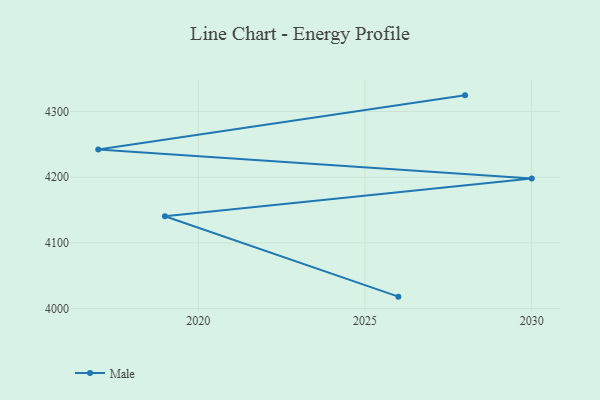
{"axis": {"x": "Year", "y": "Churn Rate (%)"}, "legend": ["Male"], "data": [{"x": "2028", "y": 4324.7, "type": "Male"}, {"x": "2017", "y": 4242.3, "type": "Male"}, {"x": "2030", "y": 4198.1, "type": "Male"}, {"x": "2019", "y": 4140.6, "type": "Male"}, {"x": "2026", "y": 4018.1, "type": "Male"}]}